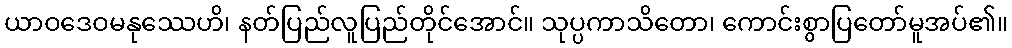
ယာဝဒေဝမနုဿေဟိ၊ နတ်ပြည်လူပြည်တိုင်အောင်။ သုပ္ပကာသိတော၊ ကောင်းစွာပြတော်မူအပ်၏။